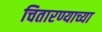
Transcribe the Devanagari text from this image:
चितारण्याच्या